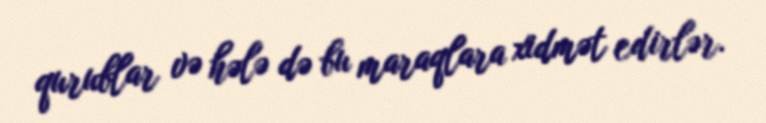
qurublar və hələ də bu maraqlara xidmət edirlər.